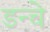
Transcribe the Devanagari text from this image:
डन्चे